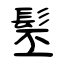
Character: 髬